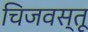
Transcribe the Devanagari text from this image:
चिजवस्तू